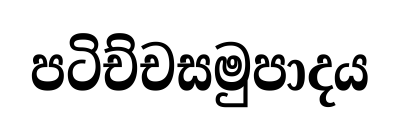
පටිච්චසමුපාදය